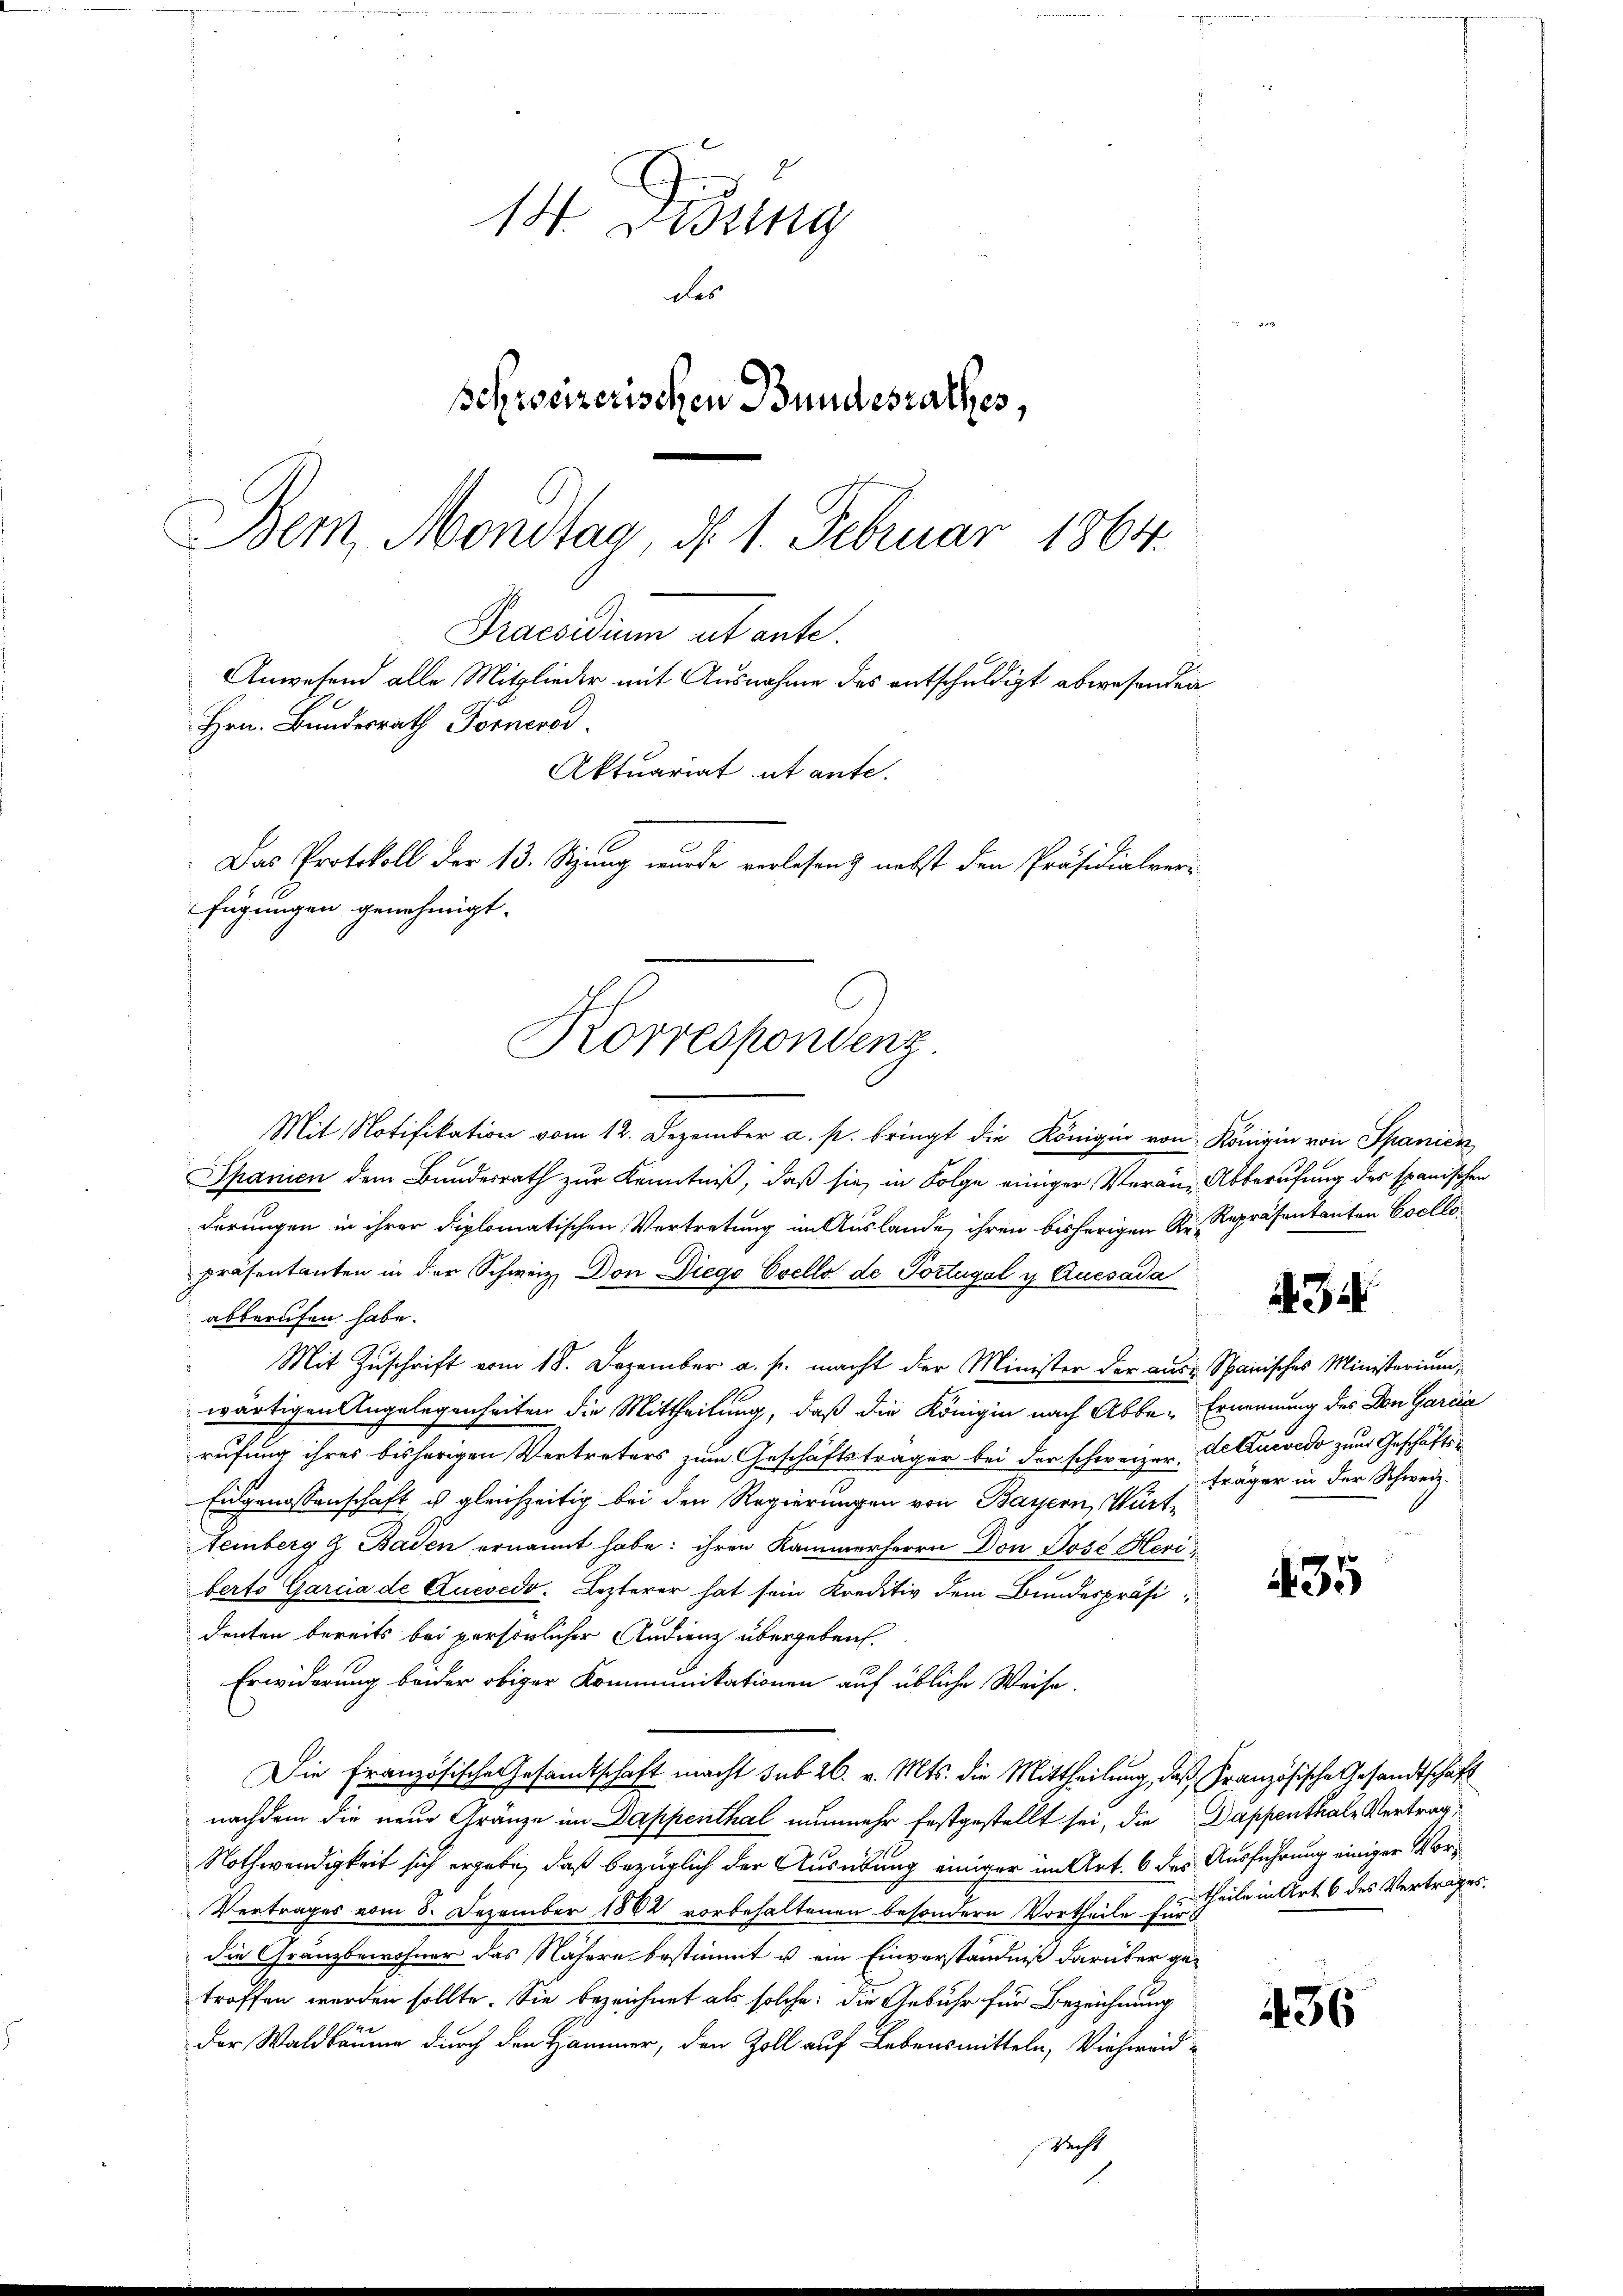
Das Protokoll der 13. Sizung wurde verlesen, nebst den Präsidialverfügungen genehmigt.
Korrespondenz.

14. Dessing
des
schweizerischen Bundesrathes,
Bem Mondtag, d. 1. Februar 1864.
Praendium ab ante.
Anwesend alle Mitglieder mit Ausnahme des entschuldigt abwesenden
Hrn. Bundesrath Fornerod
Aktuariat ut ante.

Mit Notifikation vom 12. Dezember a. p. bringt die Königin von Königin von Spanien
Spanien dem Bundesrath zur Kenntniß, daß sie in Folge einiger Veran Abberufung des spanischen
derungen in ihrer diplomatischen Vortretung im Auslande, ihren bisherigen Re- Repräsentanten Cocllopräsentanten in der Schweiz. Don Diego Evello de Portugal y Quesada
abberufen habe.
Mit Zuschrift vom 18. Dezember a. s. macht der Minister der aus Spanisches Ministerium,
wärtigen Angelegenheiten die Mittheilung, daß die Königin nach Abbe-Ernennung des Don Garcia
rufung ihres bisherigen Vertreters zum Geschäftsträger bei der schweizer de lucredo zum Geschäfts¬
Eidgenossenschaft u. gleichzeitig bei den Regierungen von Bassern, Würtemberg & Baden ernannt habe: ihren Kammerherrn Don Jose Heri
berto Garcia de Zuesedo. Lezterer hat sein Kreditiv dem Bundespräsi
denten bereits bei persönlicher Audienz übergeben.
Erwiderung beider obiger Kommunikationen auf übliche Weise.
Die Französische Gesandtschaft macht sub 26. v. Mts. die Mittheilung, daß Französische Gesandtschaft
nachdem die neue Gränze im Dappenthal nunmehr festgestellt sei, die Dappenthale Vertrag,
Nothwendigkeit sich ergabe, daß bezüglich der Ausübung einiger im Art. 6 des Ausführung einiger Vor¬
Vertrages vom 8. Dezember 1882 vorbehaltenen besondern Vortheile zur Theile in Art 6 des Vertrages.
die Granzbewohner das Nähere bestimmt u. ein Einverständniß darüber getroffen werden sollte. Sie bezeichnet als solche die Gebühr für Bezeichnung
der Waldbäume durch den Hammer, den Zoll auf Lebensmitteln, Viehweid¬
Recht

434

träger in der Schweiz.

435

436